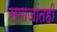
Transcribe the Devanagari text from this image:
समाजांतही